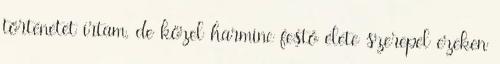
történetet írtam, de közel harminc festő élete szerepel ezeken